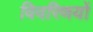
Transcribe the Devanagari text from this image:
विवरिणयों